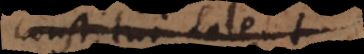
constitui solent